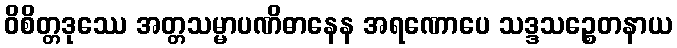
ဝိစိတ္တဒုဿေ အတ္တသမ္မာပဏိဓာနေန အရဏောပေ သဒ္ဒသဉ္စေတနာယ